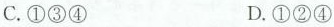
C.①③④ D.①②④